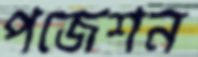
পজেশন